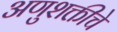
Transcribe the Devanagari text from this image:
अणुशक्तीचे